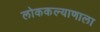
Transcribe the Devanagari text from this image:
लोककल्याणाला